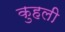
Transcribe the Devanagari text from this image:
कुहली